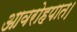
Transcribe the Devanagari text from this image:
आवरोहपात।